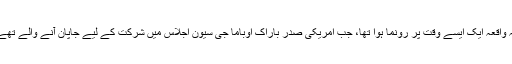
یہ واقعہ ایک ایسے وقت پر رونما ہوا تھا، جب امریکی صدر باراک اوباما جی سیون اجلاس میں شرکت کے لیے جاپان آنے والے تھے۔